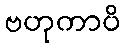
ဗဟုကာပိ